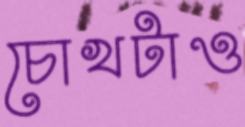
চোখটাও